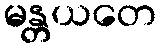
မန္တယတေ